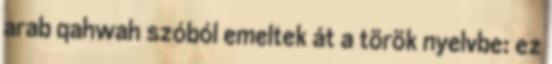
arab qahwah szóból emeltek át a török nyelvbe: ez